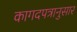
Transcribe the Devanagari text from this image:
कागदपत्रानुसार